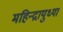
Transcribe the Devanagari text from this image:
महिन्द्रायुध्या